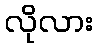
လိုလား